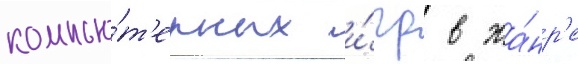
компью́т'ерных и́гр в жа́нр'е